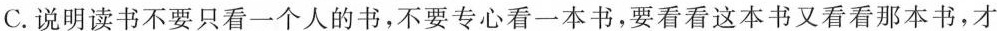
C.说明读书不要只看一个人的书，不要专心看一本书，要看看这本书又看看那本书，才